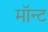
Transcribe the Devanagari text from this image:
मॉन्ट